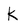
Character: k